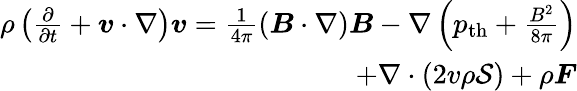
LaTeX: \begin{array}{r}{\rho\left(\frac{\partial}{\partial t}+\boldsymbol{v}\cdot\nabla\right)\boldsymbol{v}=\frac{1}{4\pi}(\boldsymbol{B}\cdot\nabla)\boldsymbol{B}-\nabla\left(p_{\mathrm{th}}+\frac{B^{2}}{8\pi}\right)}\\ {+\nabla\cdot(2v\rho\mathcal{S})+\rho\boldsymbol{F}}\end{array}